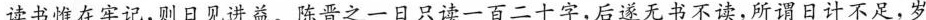
读书惟在牢记，则日见进益。陈晋之一日只读一百二十字，后遂无书不读，所谓日计不足，岁